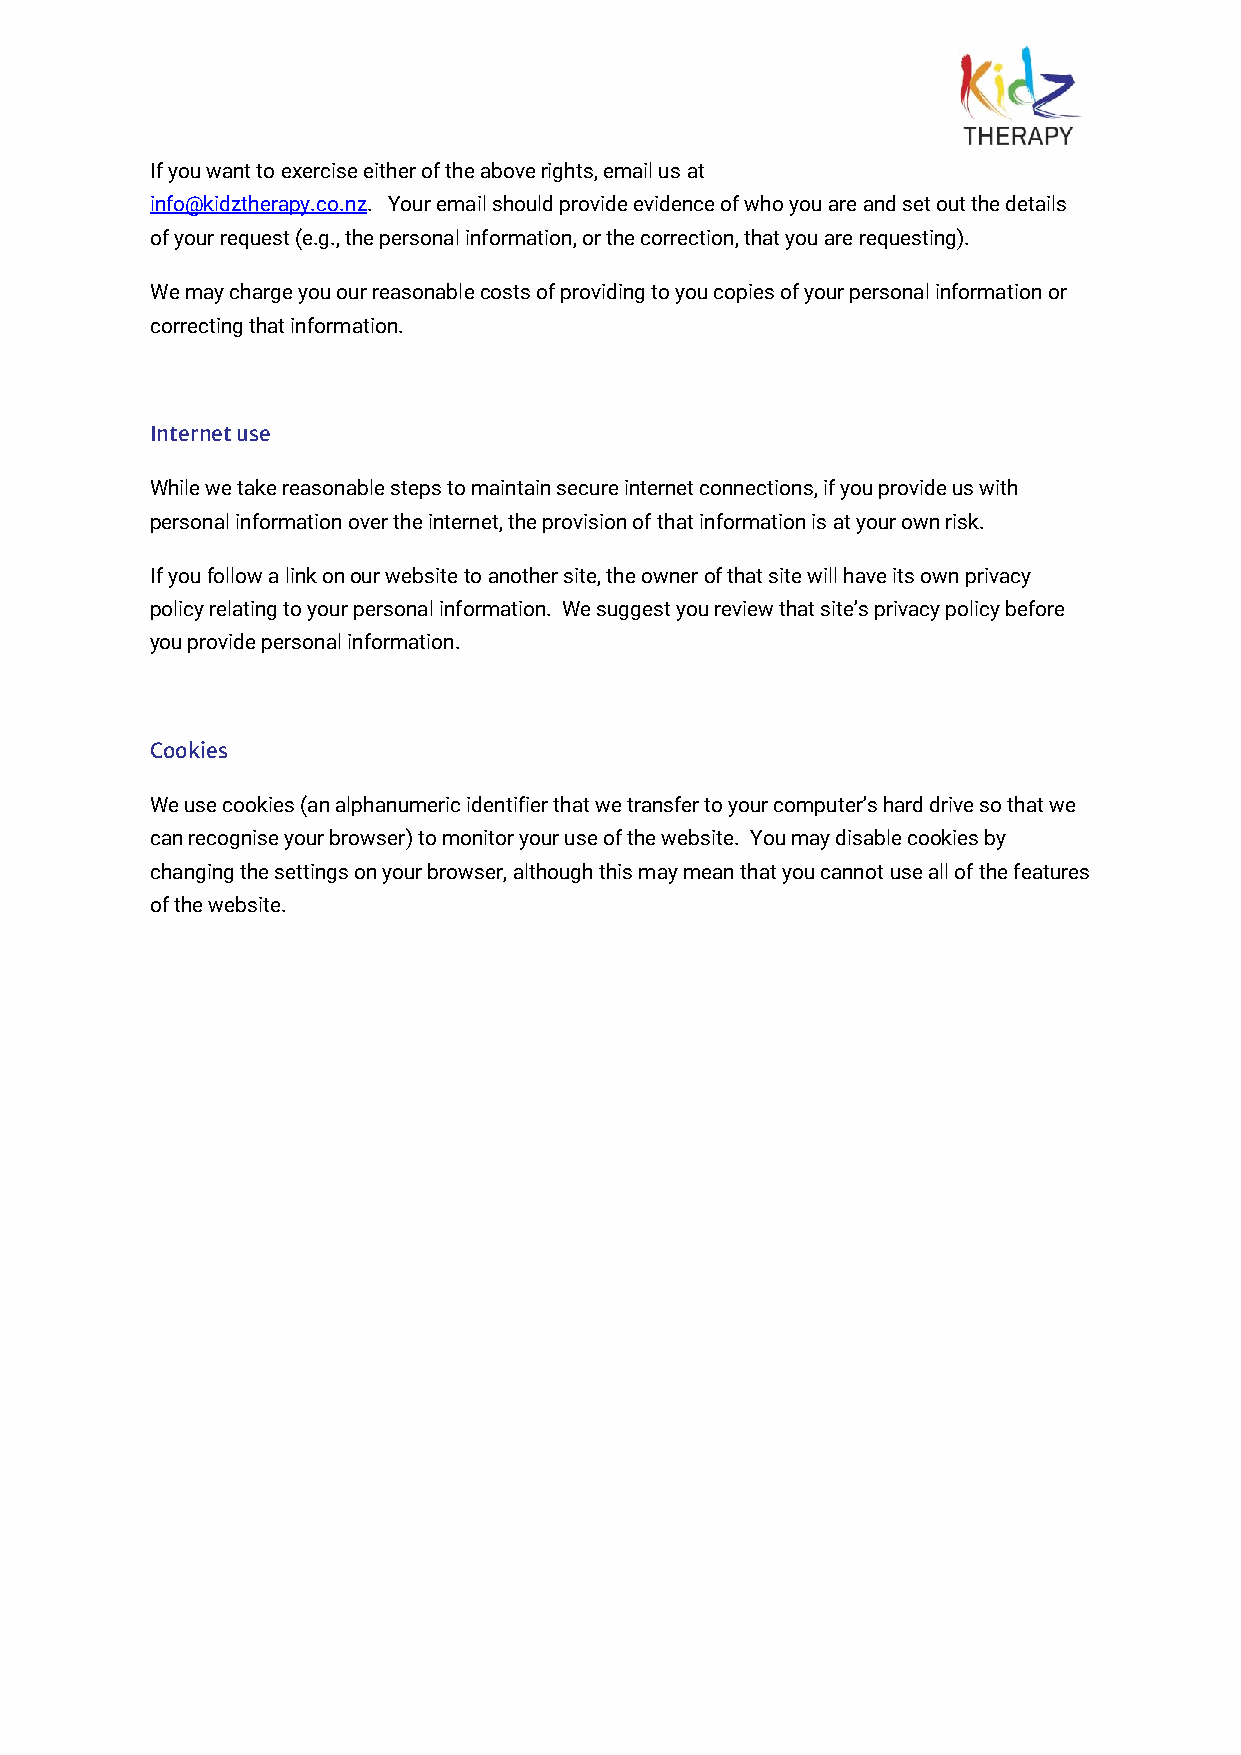
If you want to exercise either of the above rights, email us at
 info@kidztherapy.co.nz. Your email should provide evidence of who you are and set out the details
 of your request (e.g., the personal information, or the correction, that you are requesting).
 We may charge you our reasonable costs of providing to you copies of your personal information or
 correcting that information.
 Internet use
 While we take reasonable steps to maintain secure internet connections, if you provide us with
 personal information over the internet, the provision of that information is at your own risk.
 If you follow a link on our website to another site, the owner of that site will have its own privacy
 policy relating to your personal information. We suggest you review that site’s privacy policy before
 you provide personal information.
 Cookies
 We use cookies (an alphanumeric identifier that we transfer to your computer’s hard drive so that we
 can recognise your browser) to monitor your use of the website. You may disable cookies by
 changing the settings on your browser, although this may mean that you cannot use all of the features
 of the website.